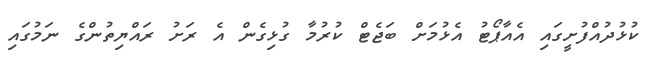
ކުޅުދުއްފުށީގައި އެއާޕޯޓު އެޅުމަށް ބަޖެޓް ކުރުމާ ގުޅިގެން އެ ރަށު ރައްޔިތުންގެ ނަމުގައި